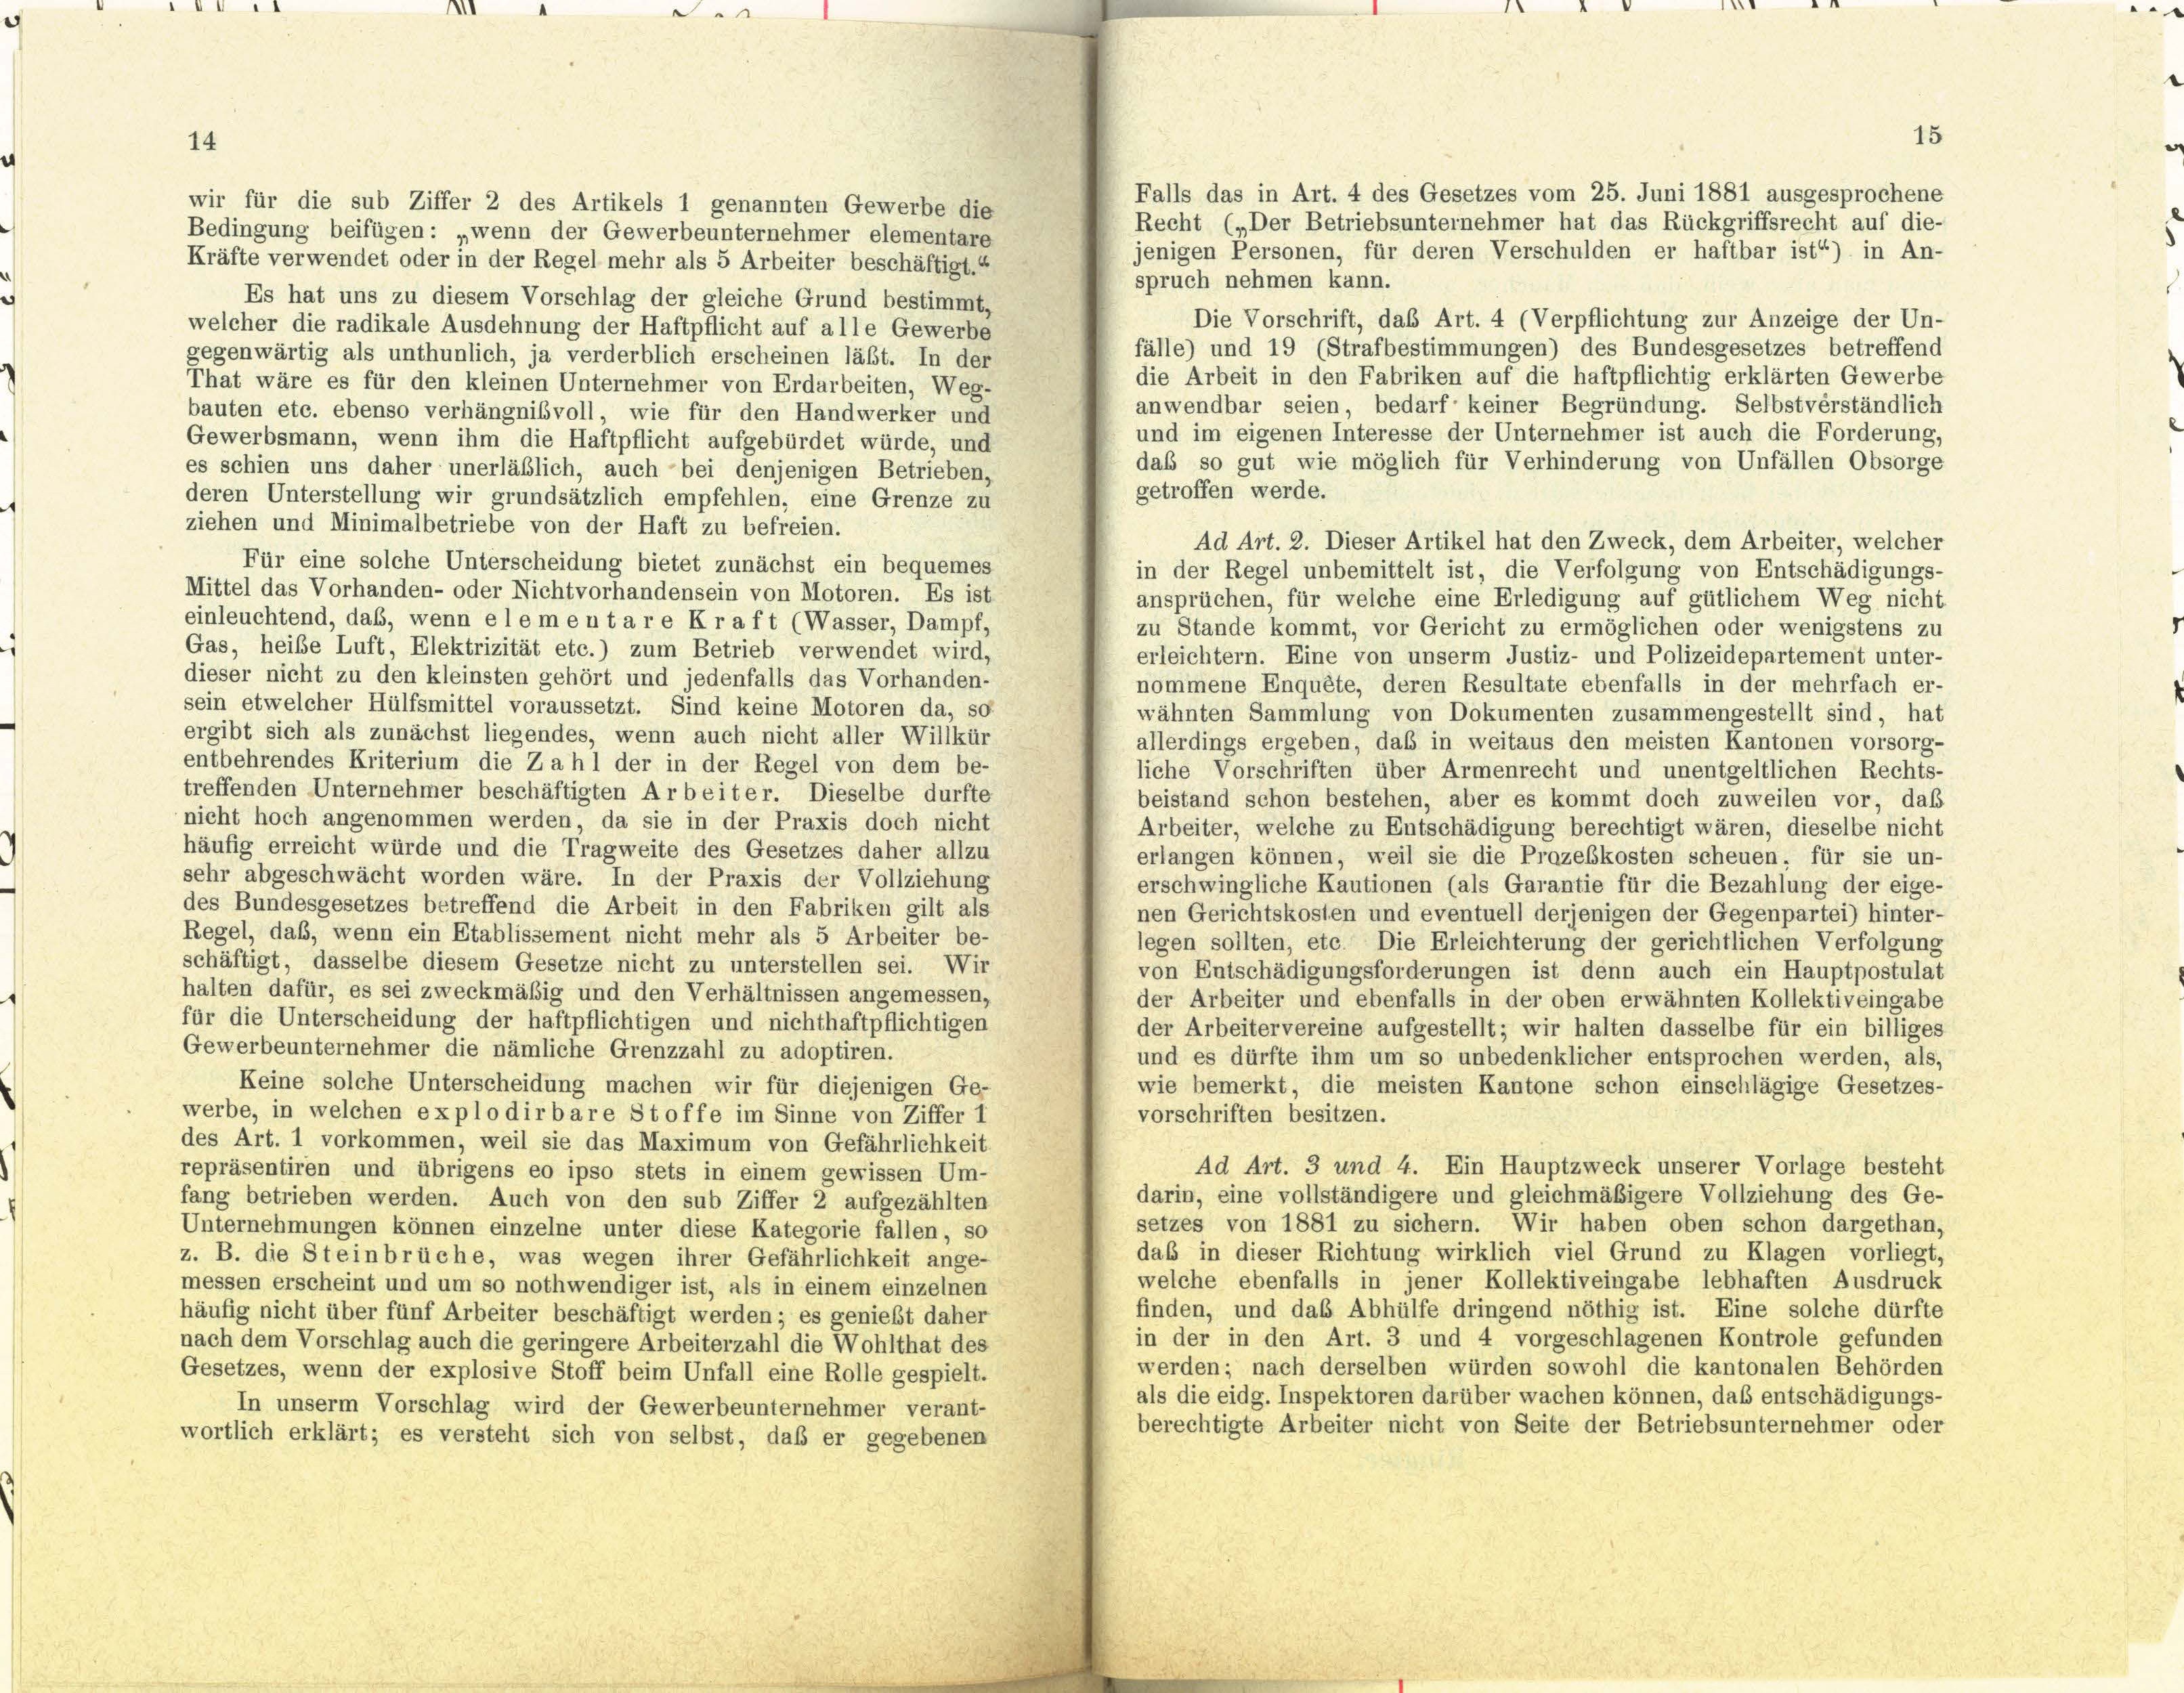
14

.

Falls das in Art. 4 des Gesetzes vom 25. Juni 1881 ausgesprochene
wir für die sub Ziffer 2 des Artikels 1 genannten Gewerbe die
Recht („Der Betriebsunternehmer hat das Rückgriffsrecht auf die-
Bedingung beifügen: „wenn der Gewerbeunternehmer elementare
jenigen Personen, für deren Verschulden er haftbar ist“) in An-
Kräfte verwendet oder in der Regel mehr als 5 Arbeiter beschäftigt.“
spruch nehmen kann.
Es hat uns zu diesem Vorschlag der gleiche Grund bestimmt,
Die Vorschrift, das Art. 4 (Verpflichtung zur Anzeige der Un-
welcher die radikale Ausdehnung der Haftpflicht auf alle Gewerbe
fälle) und 19 (Strafbestimmungen) des Bundesgesetzes betreffend
gegenwärtig als unthunlich, ja verderblich erscheinen läßt. In der
die Arbeit in den Fabriken auf die haftpflichtig erklärten Gewerbe
That wäre es für den kleinen Unternehmer von Erdarbeiten, Weg-
anwendbar seien, bedarf keiner Begründung. Selbstverständlich
bauten etc. ebenso verhängnisvoll, wie für den Handwerker und
und im eigenen Interesse der Unternehmer ist auch die Forderung,
Gewerbsmann, wenn ihm die Haftpflicht aufgebürdet würde, und
daß so gut wie möglich für Verhinderung von Unfällen Obsorge
es schien uns daher unerläßlich, auch bei denjenigen Betrieben,
getroffen werde.
deren Unterstellung wir grundsätzlich empfehlen, eine Grenze zu
ziehen und Minimalbetriebe von der Haft zu befreien.
Ad Art. 2. Dieser Artikel hat den Zweck, dem Arbeiter, welcher
Für eine solche Unterscheidung bietet zunächst ein bequemes
in der Regel unbemittelt ist, die Verfolgung von Entschädigungs-
Mittel das Vorhanden- oder Nichtvorhandensein von Motoren. Es ist
ansprüchen, für welche eine Erledigung auf gütlichem Weg nicht
einleuchtend, daß, wenn e le ment a r e Kraft (Wasser, Dampf,
zu Stande kommt, vor Gericht zu ermöglichen oder wenigstens zu
Gas, heibe Luft, Elektrizität etc.) zum Betrieb verwendet wird,
erleichtern. Eine von unserm Justiz- und Polizeidepartement unter-
dieser nicht zu den kleinsten gehört und jedenfalls das Vorhanden-
nommene Enquête, deren Resultate ebenfalls in der mehrfach er-
sein etwelcher Hülfsmittel voraussetzt. Sind keine Motoren da, so
wähnten Sammlung von Dokumenten zusammengestellt sind, hat
ergibt sich als zunächst liegendes, wenn auch nicht aller Willkür
allerdings ergeben, daß in weitaus den meisten Kantonen vorsorg-
entbehrendes Kriterium die Zahl der in der Regel von dem be-
liche Vorschriften über Armenrecht und unentgeltlichen Rechts-
treffenden Unternehmer beschäftigten Arbeiter. Dieselbe durfte
beistand schon bestehen, aber es kommt doch zuweilen vor, daß
nicht hoch angenommen werden, da sie in der Praxis doch nicht
Arbeiter, welche zu Entschädigung berechtigt wären, dieselbe nicht
häufig erreicht würde und die Tragweite des Gesetzes daher allzu
erlangen können, weil sie die Prozeßkosten scheuen, für sie un-
sehr abgeschwächt worden wäre. In der Praxis der Vollziehung
erschwingliche Kautionen (als Garantie für die Bezahlung der eige-
des Bundesgesetzes betreffend die Arbeit in den Fabriken gilt als
nen Gerichtskosten und eventuell derjenigen der Gegenpartei) hinter-
Regel, daß, wenn ein Etablissement nicht mehr als 5 Arbeiter be-
legen sollten, etc. Die Erleichterung der gerichtlichen Verfolgung
schäftigt, dasselbe diesem Gesetze nicht zu unterstellen sei. Wir
von Entschädigungsforderungen ist denn auch ein Hauptpostulat
halten dafür, es sei zweckmäßig und den Verhältnissen angemessen,
der Arbeiter und ebenfalls in der oben erwähnten Kollektiveingabe
für die Unterscheidung der haftpflichtigen und nichthaftpflichtigen
der Arbeitervereine aufgestellt; wir halten dasselbe für ein billiges
Gewerbeunternehmer die nämliche Grenzzahl zu adoptiren.
und es dürfte ihm um so unbedenklicher entsprochen werden, als,
Keine solche Unterscheidung machen wir für diejenigen Ge-
wie bemerkt, die meisten Kantone schon einschlägige Gesetzes-
werbe, in welchen explodirbare Stoffe im Sinne von Ziffer 1
vorschriften besitzen.
des Art. 1 vorkommen, weil sie das Maximum von Gefährlichkeit
Ad Art. 3 und 4. Ein Hauptzweck unserer Vorlage besteht
repräsentiren und übrigens eo ipso stets in einem gewissen Um-
darin, eine vollständigere und gleichmäßigere Vollziehung des Ge-
fang betrieben werden. Auch von den sub Ziffer 2 aufgezählten
setzes von 1881 zu sichern. Wir haben oben schon dargethan,
Unternehmungen können einzelne unter diese Kategorie fallen, so
das in dieser Richtung wirklich viel Grund zu Klagen vorliegt,
z. B. die Steinbrüche, was wegen ihrer Gefährlichkeit ange-
welche ebenfalls in jener Kollektiveingabe lebhaften Ausdruck
messen erscheint und um so nothwendiger ist, als in einem einzelnen
finden, und das Abhülfe dringend nöthig ist. Eine solche dürfte
häufig nicht über fünf Arbeiter beschäftigt werden; es genießt daher
in der in den Art. 3 und 4 vorgeschlagenen Kontrole gefunden
nach dem Vorschlag auch die geringere Arbeiterzahl die Wohlthat des
werden; nach derselben würden sowohl die kantonalen Behörden
Gesetzes, wenn der explosive Stoff beim Unfall eine Rolle gespielt.
als die eidg. Inspektoren darüber wachen können, daß entschädigungs-
In unserm Vorschlag wird der Gewerbeunternehmer verant-
berechtigte Arbeiter nicht von Seite der Betriebsunternehmer oder
wortlich erklärt; es versteht sich von selbst, daß er gegebenen

15

.